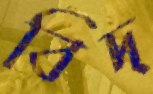
বিদ্